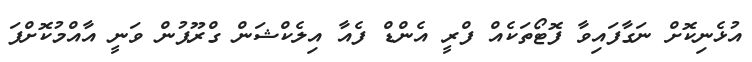
އުޅެނިކޮށް ނަގާފައިވާ ފޮޓޯތަކެއް ފްރީ އެންޑް ފެއާ އިލެކްޝަން ގްރޫޕުން ވަނީ އާއްމުކޮށްފަ